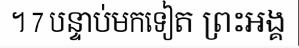
។ 7 បន្ទាប់មកទៀត ព្រះអង្គ